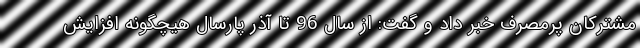
مشترکان پرمصرف خبر داد و گفت: از سال 96 تا آذر پارسال هیچگونه افزایش